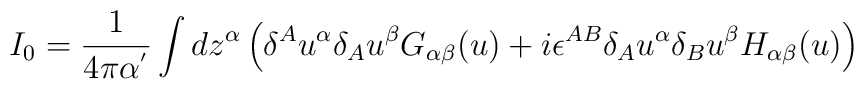
I_0=\frac 1{4\pi \alpha ^{^{\prime }}}\int dz^\alpha \left(\delta ^Au^\alpha \delta _Au^\beta G_{\alpha \beta }(u)+i\epsilon^{AB}\delta _Au^\alpha \delta _Bu^\beta H_{\alpha \beta }(u)\right)